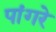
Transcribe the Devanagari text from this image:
पांगरे